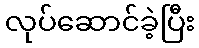
လုပ်ဆောင်ခဲ့ပြီး